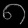
Digit: ၈